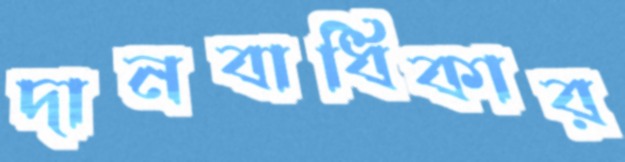
দানবাধিকার